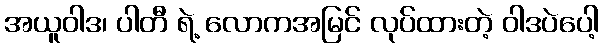
အယူဝါဒ၊ ပါတီ ရဲ့ လောကအမြင် လုပ်ထားတဲ့ ဝါဒပဲပေါ့